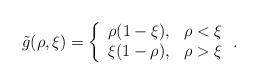
LaTeX: \begin{align*}\tilde{g}(\rho,\xi)=\left\{\begin{array}{lr}\rho(1-\xi), & \rho<\xi\\\xi(1-\rho), & \rho>\xi\\\end{array}\right. .\end{align*}